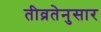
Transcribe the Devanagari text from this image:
तीव्रतेनुसार